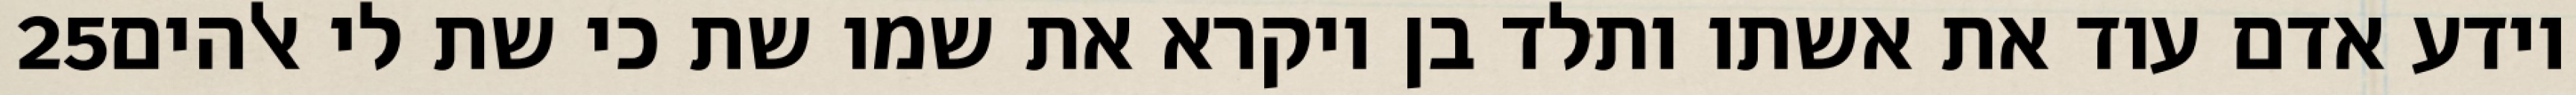
‎25‏ וידע אדם עוד את אשתו ותלד בן ויקרא את שמו שת כי שת לי אלהים